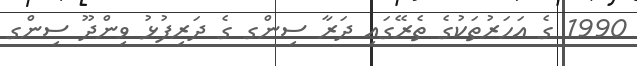
1990 ގެ އަހަރުތަކުގެ ތެރޭގައި ދަރާ ސިންގ ގެ ދަރިފުޅު ވިންދޫ ސިންގ